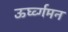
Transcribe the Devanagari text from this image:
ऊर्घ्व्गमन